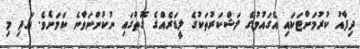
ދިފާއު ކުރުމަށްޓަކައި އެގައުމުގެ ލަޝްކަރުތަކުގެ ލީޑަރެއްގެ ގޮތުގައި ނުކުންނަވާނެ ކަމަށެވެ. އަދި މި